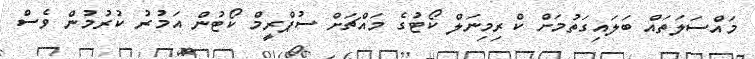
މައްސަލަތައް ބަލައިގަތުމަށް ކްރިމިނަލް ކޯޓުގެ މައްޗަށް ސުޕްރީމް ކޯޓުން އަމުރު ކުރުމުން ވެސް